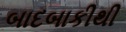
બાદબાકીથી